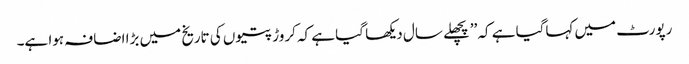
رپورٹ میں کہاگیا ہے کہ ’’پچھلے سال دیکھا گیا ہے کہ کروڑ پتیوں کی تاریخ میں بڑا اضافہ ہوا ہے۔